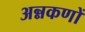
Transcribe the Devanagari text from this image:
अन्नकणों